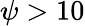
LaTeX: \psi>10